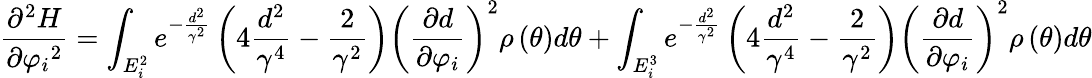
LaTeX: \frac{{{\partial^{2}}H}}{{\partial{\varphi_{i}}^{2}}}=\int_{{E_{i}^{2}}}{{e^{-\frac{{{d^{2}}}}{{{\gamma^{2}}}}}}\left({4\frac{{{d^{2}}}}{{{\gamma^{4}}}}-\frac{2}{{{\gamma^{2}}}}}\right){{\left({\frac{{\partial d}}{{\partial{\varphi_{i}}}}}\right)}^{2}}\rho\left(\theta\right)d\theta}+\int_{{E_{i}^{3}}}{{e^{-\frac{{{d^{2}}}}{{{\gamma^{2}}}}}}\left({4\frac{{{d^{2}}}}{{{\gamma^{4}}}}-\frac{2}{{{\gamma^{2}}}}}\right){{\left({\frac{{\partial d}}{{\partial{\varphi_{i}}}}}\right)}^{2}}\rho\left(\theta\right)d\theta}